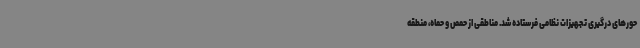
حورهای درگیری تجهیزات نظامی فرستاده شد. مناطقی از حمص و حماه، منطقه